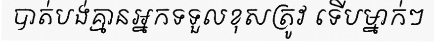
បាត់បង់គ្មានអ្នកទទួលខុសត្រូវ ទើបម្នាក់ៗ